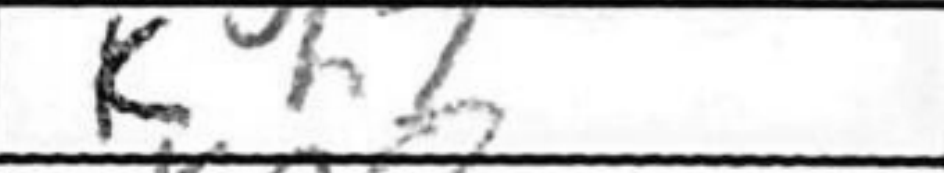
Transcription: Kh7